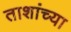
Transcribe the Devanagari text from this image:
ताशांच्या